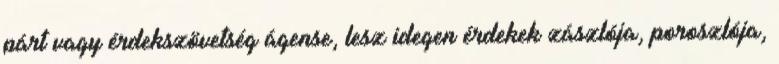
párt vagy érdekszövetség ágense, lesz idegen érdekek zászlója, poroszlója,